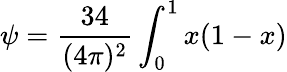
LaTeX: \psi=\frac{34}{(4\pi)^{2}}\int_{0}^{1}x(1-x)